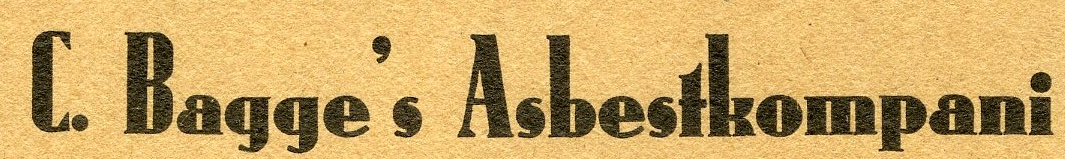
C. Bagge's Asbestkompani